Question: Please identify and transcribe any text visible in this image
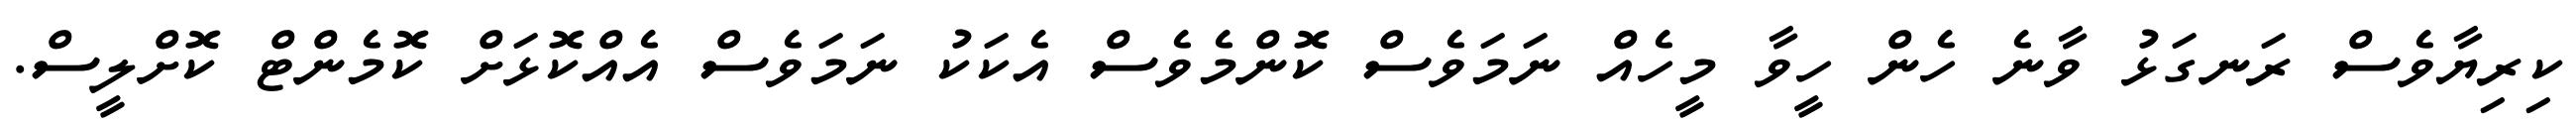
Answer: ކިރިޔާވެސް ރަނގަޅު ވާނެ ހެން ހީވާ މީހެއް ނަމަވެސް ކޮންމެވެސް އެކަކު ނަމަވެސް އެއްކޮޅަށް ކޮމެންޓް ކޮށްލީސް.